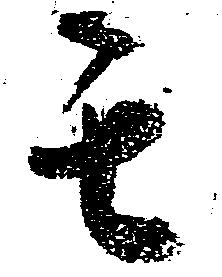
其